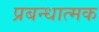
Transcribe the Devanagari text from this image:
प्रबन्धात्मक